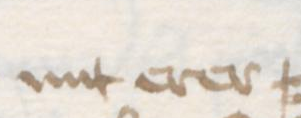
Transcription: mit erer =